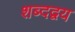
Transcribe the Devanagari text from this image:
शब्दद्वय